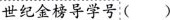
世纪金榜导学号 ( )